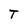
Character: T